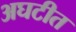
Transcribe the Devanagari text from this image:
अघटीत